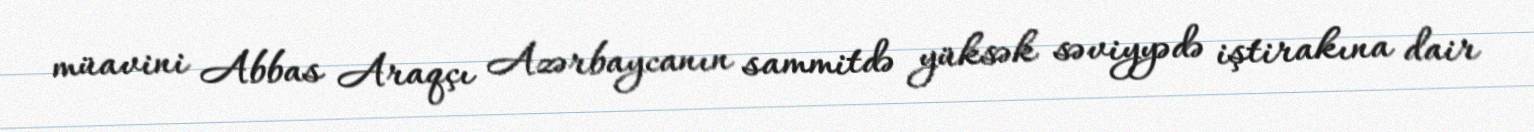
müavini Abbas Araqçı Azərbaycanın sammitdə yüksək səviyyədə iştirakına dair